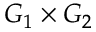
G _ { 1 } \times G _ { 2 }